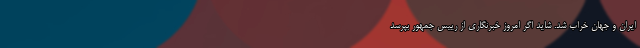
ایران و جهان خراب شد. شاید اگر امروز خبرنگاری از رییس جمهور بپرسد